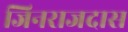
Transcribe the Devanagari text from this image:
जिनराजदास